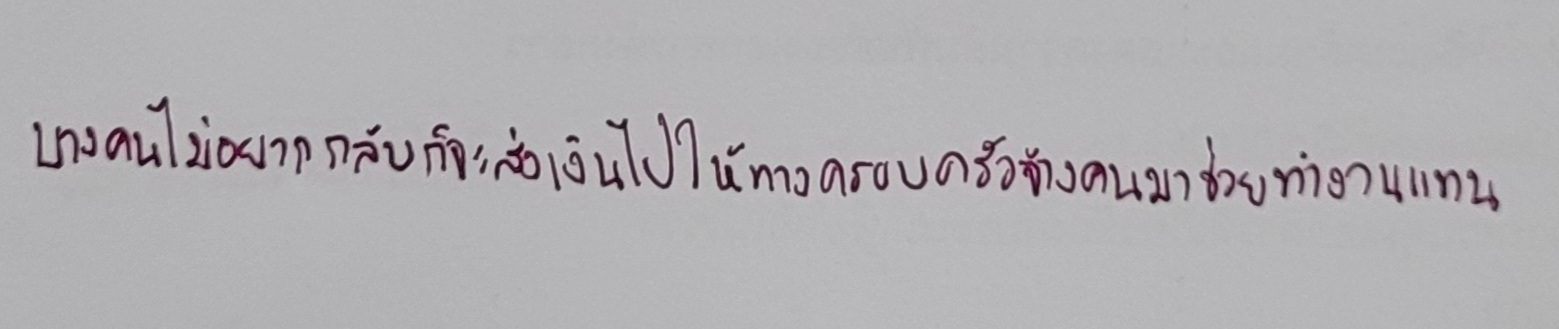
บางคนไม่อยากกลับก็จะส่งเงินไปให้ทางครอบครัวจ้างคนมาช่วยทำงานแทน